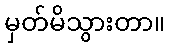
မှတ်မိသွားတာ။